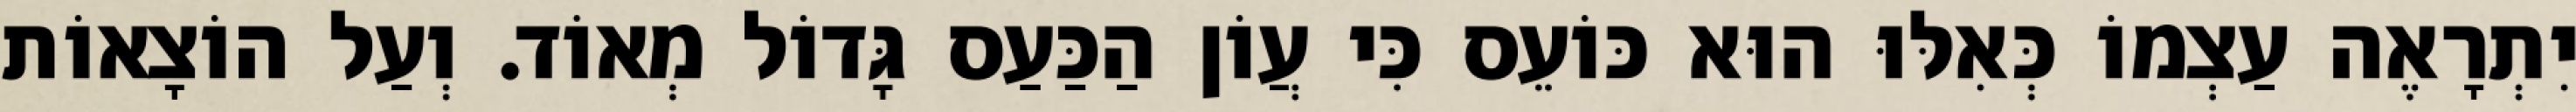
יִתְרָאֶה עַצְמוֹ כְּאִלּוּ הוּא כּוֹעֵס כִּי עֲוֹן הַכַּעַס גָּדוֹל מְאוֹד. וְעַל הוֹצָאוֹת